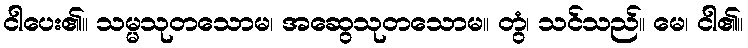
ငါပေး၏။ သမ္မသုတသောမ၊ အဆွေသုတသောမ။ တွံ၊ သင်သည်။ မေ၊ ငါ၏။